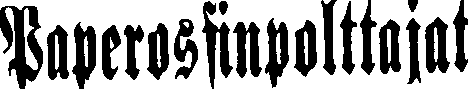
Paperossinpolttajat